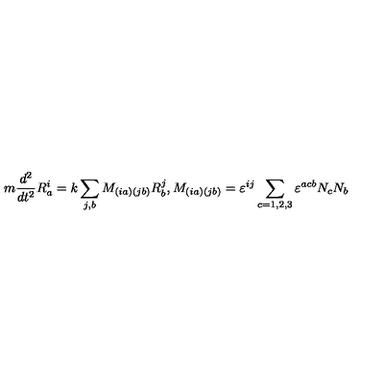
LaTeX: m \frac { d ^ { 2 } } { d t ^ { 2 } } R _ { a } ^ { i } = k \sum _ { j , b } M _ { \left( i a \right) \left( j b \right) } R _ { b } ^ { j } , M _ { \left( i a \right) \left( j b \right) } = \varepsilon ^ { i j } \sum _ { c = 1 , 2 , 3 } \varepsilon ^ { a c b } N _ { c } N _ { b }